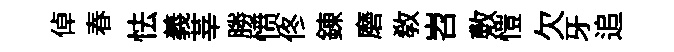
倬春怯義莘勝愤佟錬磨敎岧敷愷欠牙追